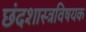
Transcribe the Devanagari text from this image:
छंदशास्त्रविषयक